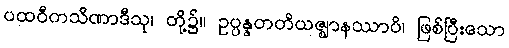
ပထဝီကသိဏာဒီသု၊ တို့၌။ ဥပ္ပန္နတတိယဇ္ဈာနဿာပိ၊ ဖြစ်ပြီးသော